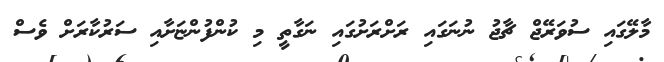
މާލޭގައި ސުވަރޭޖް ޗާޖު ނުނަގައި ރަށްރަށުގައި ނަގާތީ މި ކުންފުންޏަށާއި ސަރުކާރަށް ވެސް